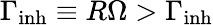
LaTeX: \Gamma_{\mathrm{inh}}\equiv R\Omega>\Gamma_{\mathrm{inh}}